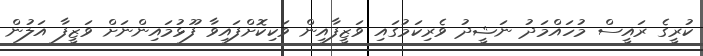
ކުރީގެ ރައީސް މުހައްމަދު ނަޝީދު ވެރިކަމުގައި ވަޒީފާއިން ވަކިކޮށްފައިވާ ފޫޅުމައިންނަށް ވަޒީފާ އަލުން